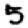
Digit: 5